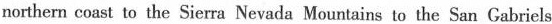
northern coast to the Sierra Nevada Mountains to the San Gabriels